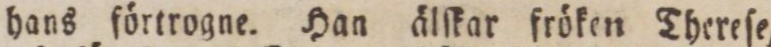
hans förtrogne. Han älſkar fröken Thereſe,